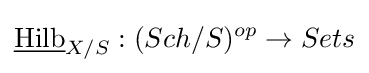
{\underline {\text{Hilb}}}_{X/S}:(Sch/S)^{op}\to Sets